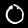
Digit: 0